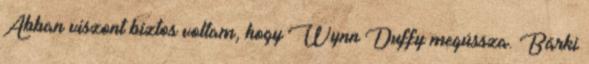
Abban viszont biztos voltam, hogy Wynn Duffy megússza. Bárki